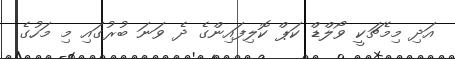
އަދި މިމެޗަކީ ވޯލްޑް ކަޕް ކޮލިފައިންގެ ދެ ވަނަ ބުރުގައި މި މަހުގެ